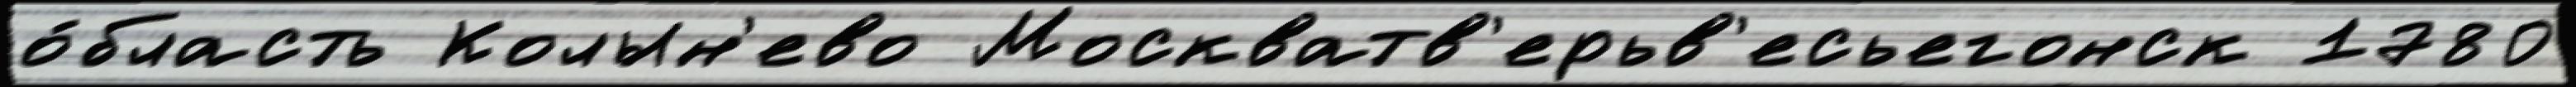
о́бласть Колын'ево Москватв'ерьв'есьегонск 1780